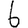
Digit: 6